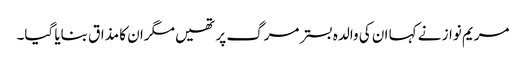
مریم نواز نے کہا ان کی والدہ بسترمرگ پر تھیں مگران کا مذاق بنایا گیا۔